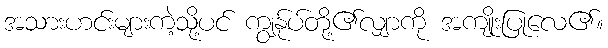
အသားဟင်းများကဲ့သို့ပင် ကျွန်ုပ်တို့၏လျှာကို အကျိုးပြုလေ၏။